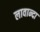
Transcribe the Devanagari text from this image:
लावान्दा